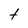
Character: t